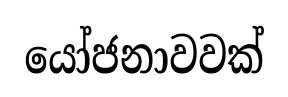
යෝජනාවවක්